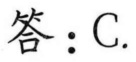
答：C.